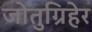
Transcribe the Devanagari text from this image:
जोतुग्रिहेर